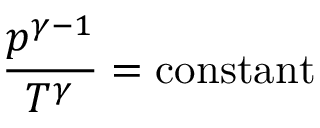
{ \frac { p ^ { \gamma - 1 } } { T ^ { \gamma } } } = { \mathrm { c o n s t a n t } }